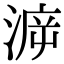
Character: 㴑